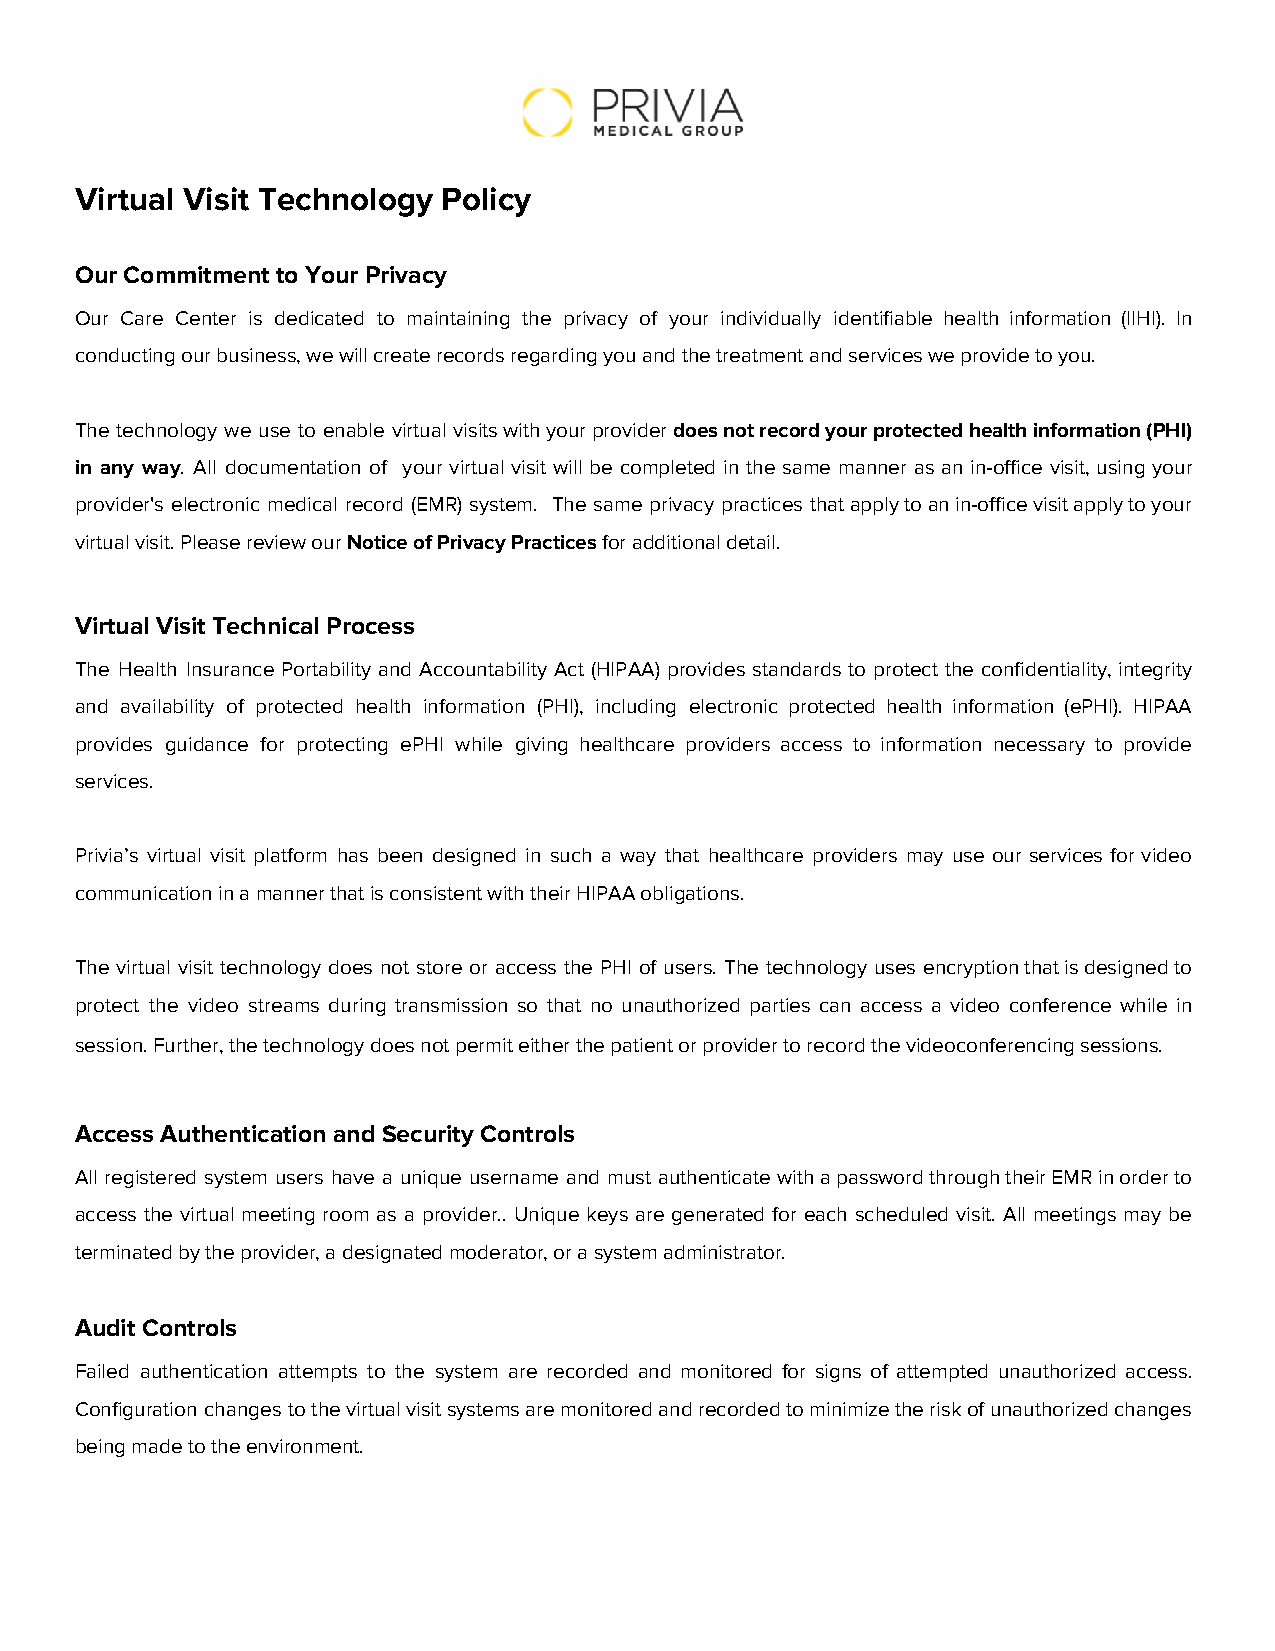
Virtual Visit Technology Policy
 ​ ​ ​ ​          ​ ​
 Our Commitment to Your Privacy
 ​ ​       ​ ​ ​ ​ ​ ​
 Our Care Center is dedicated to maintaining the privacy of your individually identifiable health information (IIHI). In
 conducting our business, we will create records regarding you and the treatment and services we provide to you.
 ​​ ​​   ​​ ​​ ​​ ​​  ​​     ​​ ​​ ​​ ​​  ​​ ​​   ​​ ​​  ​​ ​​
 The technology we use to enable virtual visits with your provider does not record your protected health information (PHI)
 ​
 in any way. All documentation of your virtual visit will be completed in the same manner as an in-office visit, using your
 ​
 provider's electronic medical record (EMR) system. The same privacy practices that apply to an in-office visit apply to your
 virtual visit. Please review our Notice of Privacy Practices for additional detail.
 ​​ ​​  ​​  ​​ ​​​ ​​ ​​ ​​    ​​​ ​​   ​​
 Virtual Visit Technical Process
 ​ ​ ​ ​    ​ ​
 The Health Insurance Portability and Accountability Act (HIPAA) provides standards to protect the confidentiality, integrity
 and availability of protected health information (PHI), including electronic protected health information (ePHI). HIPAA
 provides guidance for protecting ePHI while giving healthcare providers access to information necessary to provide
 services.
 Privia’s virtual visit platform has been designed in such a way that healthcare providers may use our services for video
 communication in a manner that is consistent with their HIPAA obligations.
 ​​ ​​ ​​ ​​ ​​ ​​ ​​ ​​ ​​  ​​
 The virtual visit technology does not store or access the PHI of users. The technology uses encryption that is designed to
 protect the video streams during transmission so that no unauthorized parties can access a video conference while in
 session. Further, the technology does not permit either the patient or provider to record the videoconferencing sessions.
 ​​   ​​ ​​    ​​ ​​ ​​  ​​  ​​ ​​  ​​ ​​ ​​ ​​ ​​ ​​         ​​
 Access Authentication and Security Controls
 ​ ​         ​ ​ ​ ​  ​ ​
 All registered system users have a unique username and must authenticate with a password through their EMR in order to
 access the virtual meeting room as a provider.. Unique keys are generated for each scheduled visit. All meetings may be
 terminated by the provider, a designated moderator, or a system administrator.
 ​​ ​​ ​​  ​​ ​​   ​​     ​​ ​​ ​​ ​​
 Audit Controls
 ​ ​
 Failed authentication attempts to the system are recorded and monitored for signs of attempted unauthorized access.
 Configuration changes to the virtual visit systems are monitored and recorded to minimize the risk of unauthorized changes
 being made to the environment.
 ​​  ​​ ​​ ​​